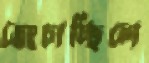
ভেংচাচ্ছিলে